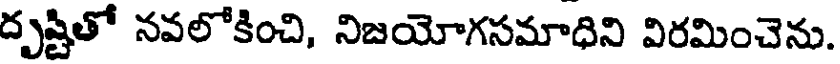
దృష్టితో నవలోకించి, నిజయోగసమాధిని విరమించెను.